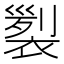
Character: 𧛵